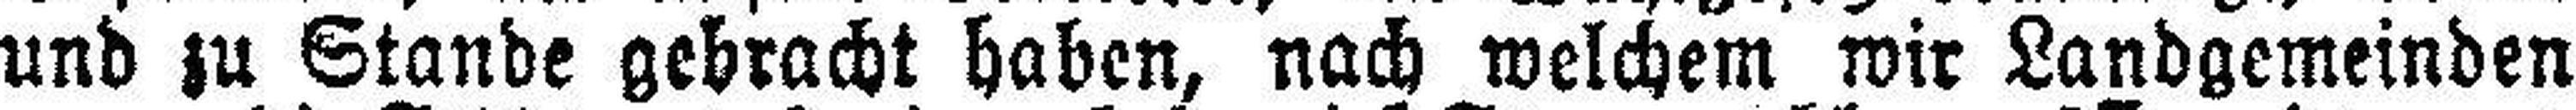
und zu Stande gebracht haben, nach welchem wir Landgemeinden